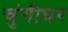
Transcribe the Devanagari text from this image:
चुंगीघर